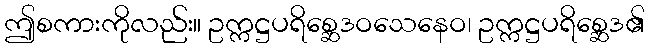
ဤစကားကိုလည်း။ ဥက္ကဋ္ဌပရိစ္ဆေဒဝသေနေဝ၊ ဥက္ကဋ္ဌပရိစ္ဆေဒ၏